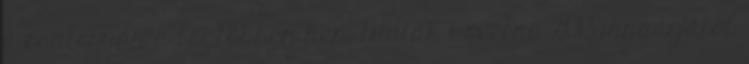
a csatornán a legtöbben nem tudták követni. 2013 januárjától